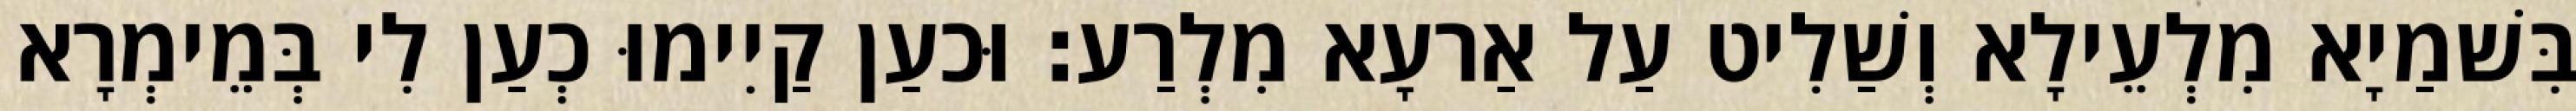
בִּשׁמַיָא מִלְעֵילָא וְשַׁלִיט עַל אַרעָא מִלְרַע׃ וּכעַן קַיִימוּ כְעַן לִי בְּמֵימְרָא